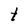
Character: t